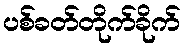
ပစ်ခတ်တိုက်ခိုက်